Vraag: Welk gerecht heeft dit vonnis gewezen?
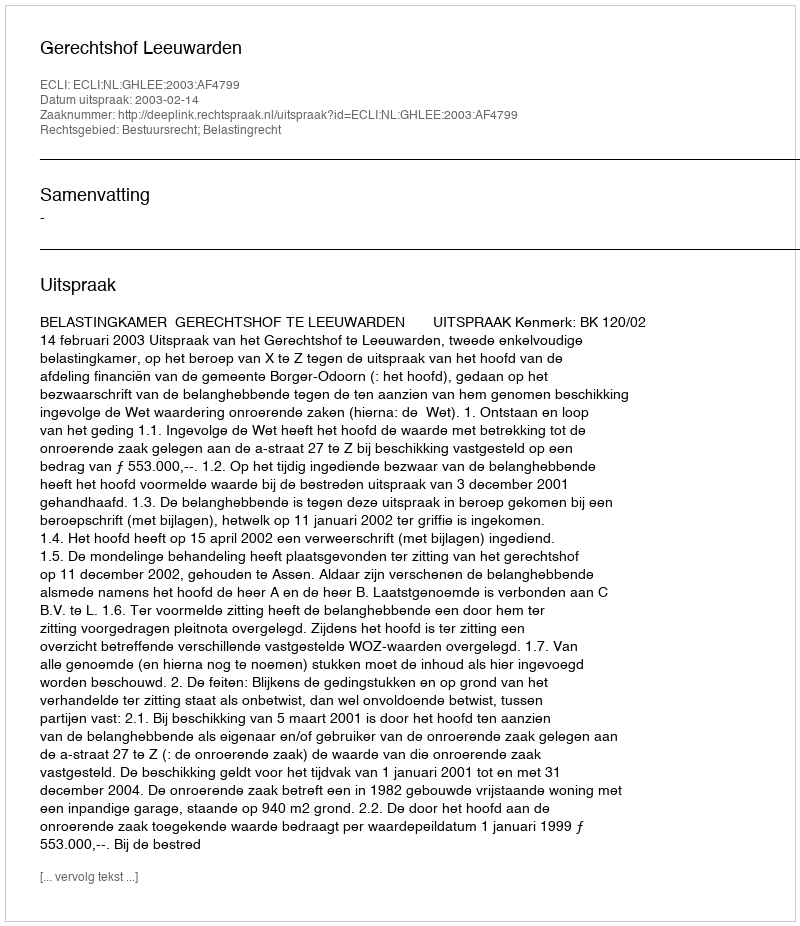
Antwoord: Gerechtshof Leeuwarden